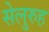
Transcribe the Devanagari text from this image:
सेलुरुह